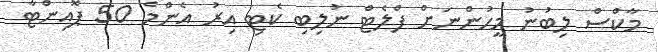
މާކްސް ލިބުނު މީހުންނަށް ފްލެޓް ނުލިބި ކެޓި އިރު އެންމެ 50 ޕޮއިންޓާ